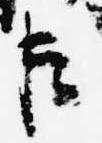
臣